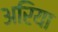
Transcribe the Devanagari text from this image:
अरिया